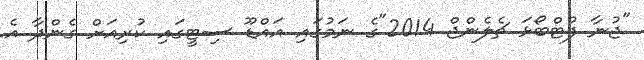
"ޖުނާ ފުޓްބޯޅަ ޗެލެންޖް 2014"ގެ ނަމުގައި އައްޑޫ ސިޓީގައި ކުރިއަށް ގެންދާ އެ